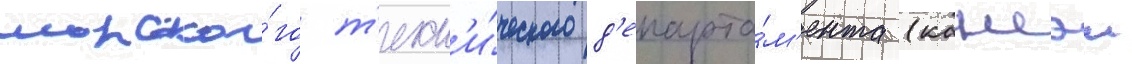
морско́го т'ехн'и́ческого д'епарта́м'ента (кансэи